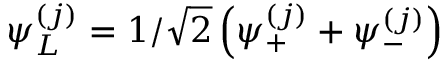
\psi _ { L } ^ { ( j ) } = 1 / \sqrt 2 \left( \psi _ { + } ^ { ( j ) } + \psi _ { - } ^ { ( j ) } \right)